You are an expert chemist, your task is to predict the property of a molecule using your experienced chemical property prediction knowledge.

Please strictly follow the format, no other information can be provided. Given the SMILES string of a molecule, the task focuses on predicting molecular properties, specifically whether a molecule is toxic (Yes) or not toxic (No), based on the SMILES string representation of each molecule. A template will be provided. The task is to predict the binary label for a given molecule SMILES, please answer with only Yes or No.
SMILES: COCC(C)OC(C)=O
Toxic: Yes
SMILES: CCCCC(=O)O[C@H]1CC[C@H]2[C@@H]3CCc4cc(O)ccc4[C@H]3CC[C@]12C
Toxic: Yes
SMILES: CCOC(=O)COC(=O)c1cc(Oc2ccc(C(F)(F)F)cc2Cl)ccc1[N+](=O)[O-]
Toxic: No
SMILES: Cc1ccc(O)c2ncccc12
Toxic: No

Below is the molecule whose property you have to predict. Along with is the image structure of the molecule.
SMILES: CC(C)CC(C)(c1ccc(O)cc1)c1ccc(O)cc1
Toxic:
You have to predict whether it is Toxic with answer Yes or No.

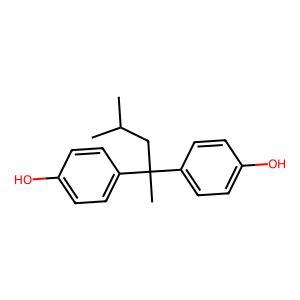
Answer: No